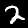
Label: 2